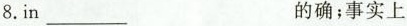
8.in ___ 的确；事实上